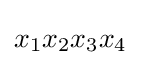
x_{1}x_{2}x_{3}x_{4}